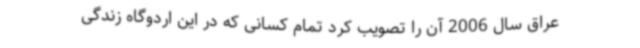
عراق سال 2006 آن را تصویب کرد تمام کسانی که در این اردوگاه زندگی